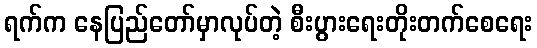
ရက်က နေပြည်တော်မှာလုပ်တဲ့ စီးပွားရေးတိုးတက်စေရေး